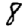
Digit: 8